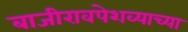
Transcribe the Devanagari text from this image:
बाजीरावपेशव्याच्या